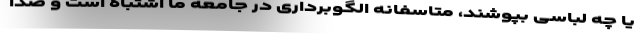
یا چه لباسی بپوشند، متاسفانه الگوبرداری در جامعه ما اشتباه است و صدا